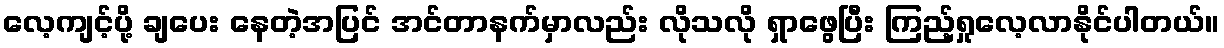
လေ့ကျင့်ပို့ ချပေး နေတဲ့အပြင် အင်တာနက်မှာလည်း လိုသလို ရှာဖွေပြီး ကြည့်ရှုလေ့လာနိုင်ပါတယ်။